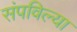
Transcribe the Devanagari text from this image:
संपविल्या